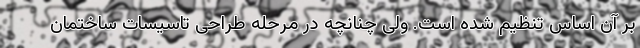
بر آن اساس تنظیم شده است. ولی چنانچه در مرحله طراحی تاسیسات ساختمان